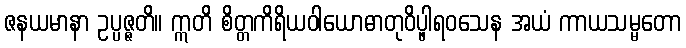
ဇနယမာနာ ဥပ္ပဇ္ဇတိ။ ဣတိ စိတ္တကိရိယဝါယောဓာတုဝိပ္ဖါရဝသေန အယံ ကာယသမ္မတော